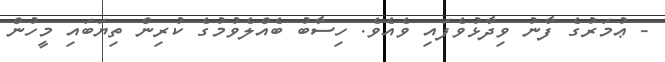
- ޢުމަރުގެ ފާނު ވިދާޅުވެފައި ވެއެވެ. ހިސާބު ބެއްލެވުމުގެ ކުރިން ތިޔަބައި މީހުން